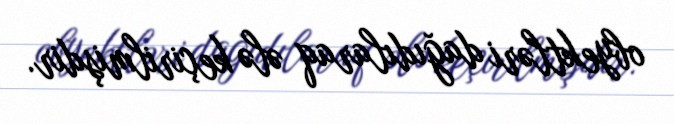
obyektləri dağıdılaraq ələ keçirilmişdir.